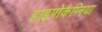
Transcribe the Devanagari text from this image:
हाइपोकैप्निया